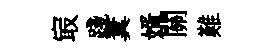
㝡踐糞婿關難